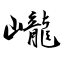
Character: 巄